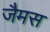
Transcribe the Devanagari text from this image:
जैमस